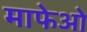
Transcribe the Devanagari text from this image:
माफेओ